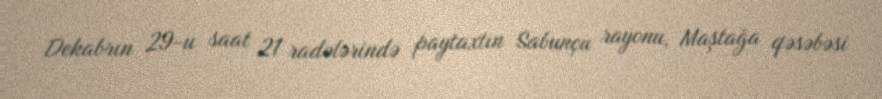
Dekabrın 29-u saat 21 radələrində paytaxtın Sabunçu rayonu, Maştağa qəsəbəsi